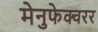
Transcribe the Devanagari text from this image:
मेनुफेक्चरर